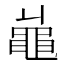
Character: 𪓓